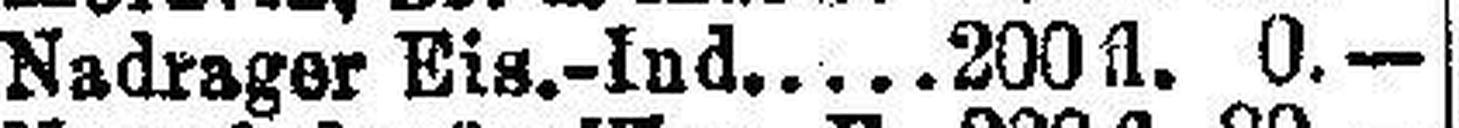
Nadrager Eis.-Ind. 200 fl. 0.—